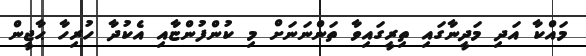
މައްކާ އަދި މަދީނާގައި ތިރީގައިވާ ތަންނަނަށް މި ކުންފުންޏާއި އެކުދާ ހުރިހާ ޙާޖީން